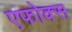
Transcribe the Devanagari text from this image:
एफोक्स